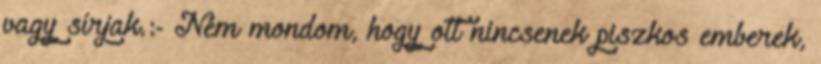
vagy sírjak.:- Nem mondom, hogy ott nincsenek piszkos emberek,